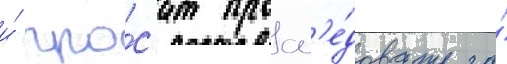
и́ про́с'ит просл'е́довать за́